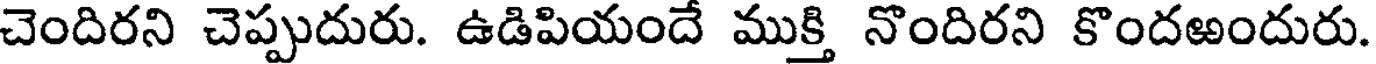
చెందిరని చెప్పుదురు. ఉడిపియందే ముక్తి నొందిరని కొందఱందురు.